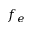
f _ { e }